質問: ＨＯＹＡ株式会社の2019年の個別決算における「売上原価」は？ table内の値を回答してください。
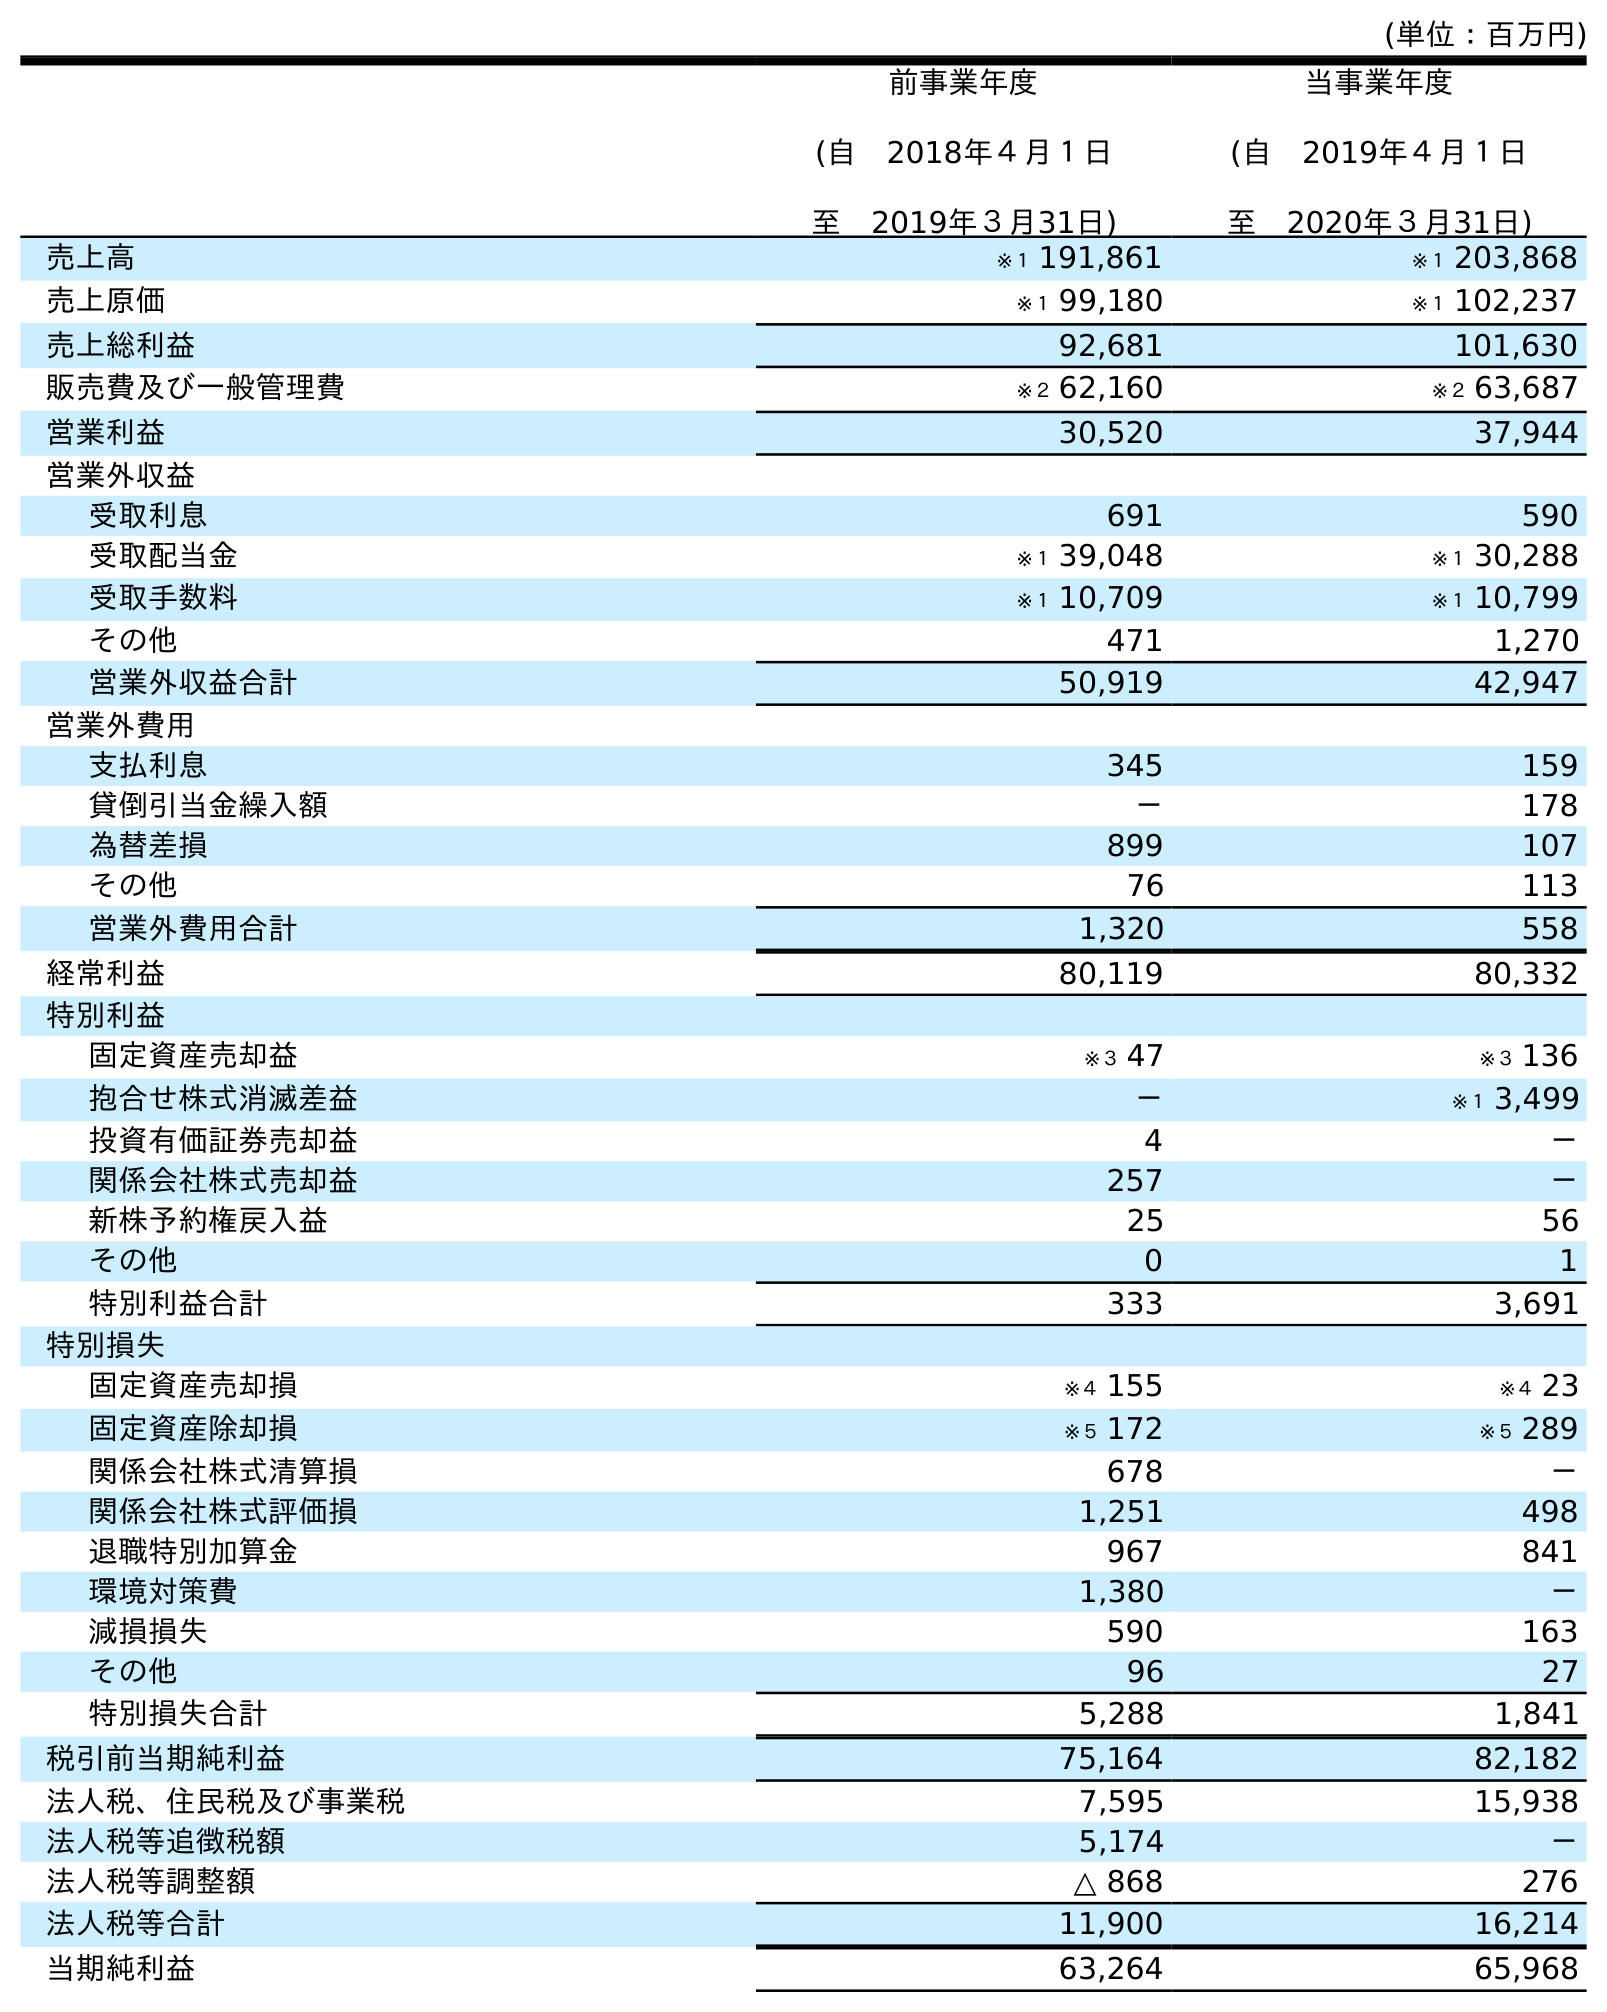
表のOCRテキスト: (単位：百万円) 前事業年度 (自 2018年４月１日 至 2019年３月31日) 当事業年度 (自 2019年４月１日 至 2020年３月31日) 売上高 ※１ 191,861 ※１ 203,868 売上原価 ※１ 99,180 ※１ 102,237 売上総利益 92,681 101,630 販売費及び一般管理費 ※２ 62,160 ※２ 63,687 営業利益 30,520 37,944 営業外収益 受取利息 691 590 受取配当金 ※１ 39,048 ※１ 30,288 受取手数料 ※１ 10,709 ※１ 10,799 その他 471 1,270 営業外収益合計 50,919 42,947 営業外費用 支払利息 345 159 貸倒引当金繰入額 － 178 為替差損 899 107 その他 76 113 営業外費用合計 1,320 558 経常利益 80,119 80,332 特別利益 固定資産売却益 ※３ 47 ※３ 136 抱合せ株式消滅差益 － ※１ 3,499 投資有価証券売却益 4 － 関係会社株式売却益 257 － 新株予約権戻入益 25 56 その他 0 1 特別利益合計 333 3,691 特別損失 固定資産売却損 ※４ 155 ※４ 23 固定資産除却損 ※５ 172 ※５ 289 関係会社株式清算損 678 － 関係会社株式評価損 1,251 498 退職特別加算金 967 841 環境対策費 1,380 － 減損損失 590 163 その他 96 27 特別損失合計 5,288 1,841 税引前当期純利益 75,164 82,182 法人税、住民税及び事業税 7,595 15,938 法人税等追徴税額 5,174 － 法人税等調整額 △ 868 276 法人税等合計 11,900 16,214 当期純利益 63,264 65,968
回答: ※１99,180